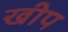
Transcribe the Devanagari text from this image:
खीप